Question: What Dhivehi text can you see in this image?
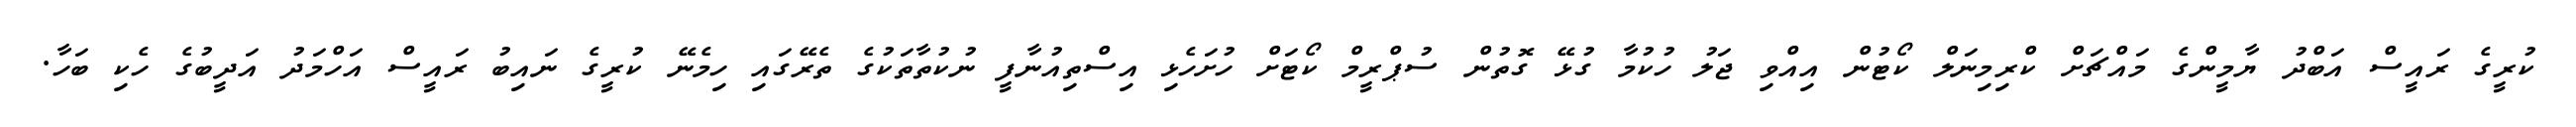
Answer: ކުރީގެ ރައީސް އަބްދު ޔާމީންގެ މައްޗަށް ކްރިމިނަލް ކޯޓުން އިއްވި ޖަލު ހުކުމާ ގުޅޭ ގޮތުން ސުޕްރީމް ކޯޓަށް ހުށަހެޅި އިސްތިއުނާފީ ނުކުތާތަކުގެ ތެރޭގައި ހިމެނޭ ކުރީގެ ނައިބު ރައީސް އަހްމަދު އަދީބުގެ ހެކި ބަހާ.